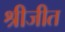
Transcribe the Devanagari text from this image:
श्रीजीत